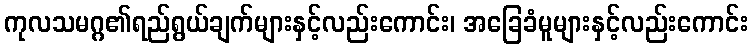
ကုလသမဂ္ဂ၏ရည်ရွယ်ချက်များနှင့်လည်းကောင်း၊ အခြေခံမူများနှင့်လည်းကောင်း